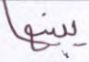
يبينها